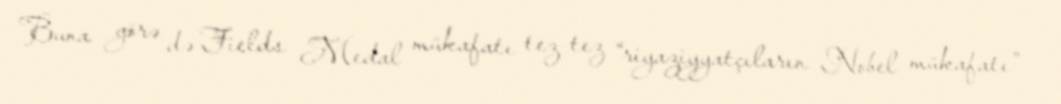
Buna görə də Fields Medal mükafatı tez-tez “riyaziyyatçıların Nobel mükafatı”